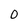
Character: 0